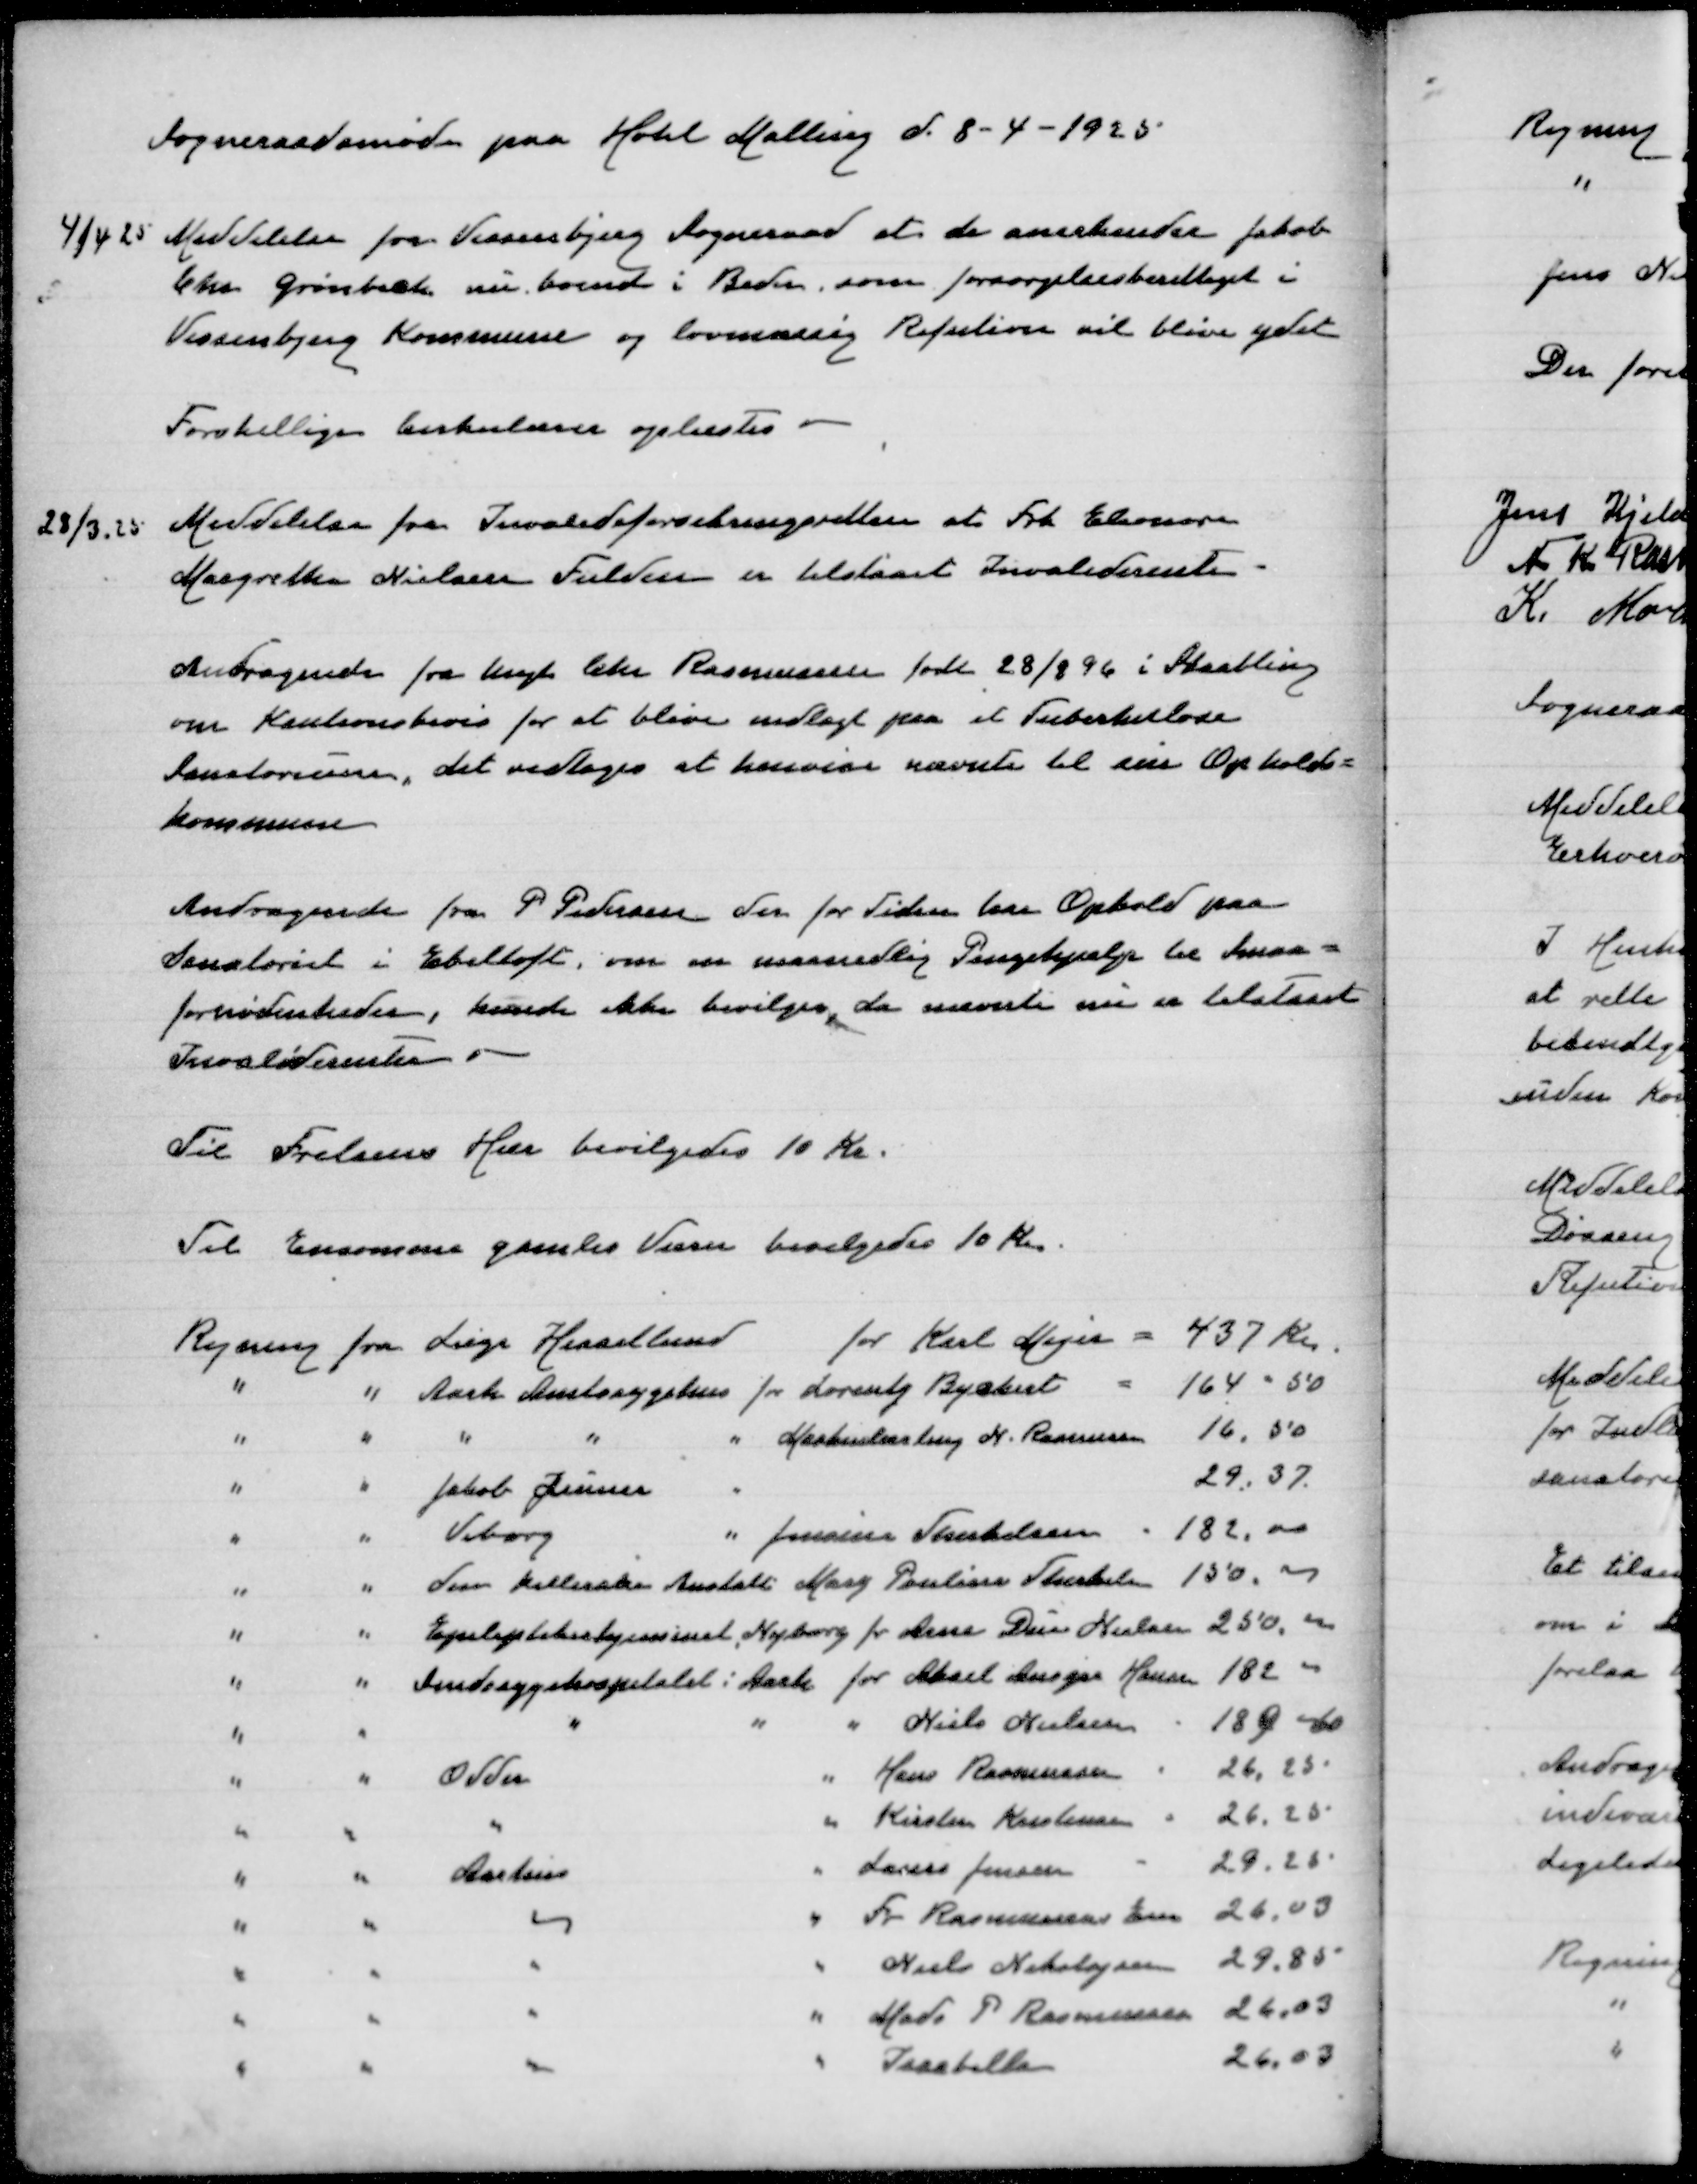
Transskription:
Sogneraadsmøde paa Hotel Malling d 8-4-1925

4/4 25

Meddelelse fra Vissenbjerg Sogneraad at de anerkender Jakob
Chr Grønbæk nu bosat i Beder, som forsørgelsesberettiget i
Vissenbjerg Kommune og lovmæssig Refusion vil blive ydet

Forskellige Cirkulærer oplæstes

28/3 25

Meddelelse fra Invalideforsikringsretten at Eleonora
Margrethe Nielsen Fulden er tilstaaet Invaliderente

Andragende fra Ungk Chr Rasmussen født 28/8 96 i Skaabling
om Kautionsbevis for at blive indlagt paa et Tuberkolose
Sanatorium, det vedtoges at henvise nævnte til sin Opholds=
kommune

Andragende fra P Pedersen der for tiden har Ophold paa
Sanatoriet i Ebeltoft, om en maanedlig Pengehjælp til Smaa=
fornødenheder, kunde ikke bevilges, da nævnte nu er tilstaaet
Invaliderenter

Til Frelsens Hærbevilgedes 10 Kr

Til Ensomme gamles Værn bevilgedes 10 Kr

Regning fra Læge Hessellundfor Karl Mejer
437 Kr
" " Aarh Amtssygehus for Lorentz Buchert
164,50
" " " " " Maskinlærling N Rasmussen
16,50
" " Jakob Zeuner
29,37
" " Viborg " Jensine Therkelsen
182,00
" " den kellerske Anstalt Mary Pauline Therkelsen
150,00
" " Epileptikerhjemmet, Nyborg for Arne Due Nielsen
250,00
" " Sindssygehospitalet i Aarh for Aksel Ansgar Hansen
182,00
" " " " " Niels Nielsen
189,60
" " Odder " Hans Rasmussen
26,25
" " " " Kirsten Kristensen
26,25
" " Aarhus " Laurs Jensen
29,25
" " " " Fr Rasmussens Ena
26,03
" " " " Niels Nikolajsen
29,85
" " " " Mads P Rasmussen
26,03
" " " " Isabella
26,03